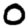
Digit: 0